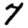
Digit: 7